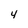
Character: 4